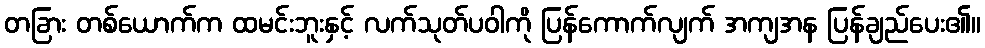
တခြား တစ်ယောက်က ထမင်းဘူးနှင့် လက်သုတ်ပဝါကို ပြန်ကောက်လျက် အကျအန ပြန်ချည်ပေး၏။